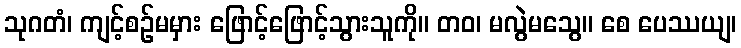
သုဂတံ၊ ကျင့်စဉ်မမှား ဖြောင့်ဖြောင့်သွားသူကို။ တဝ၊ မလွဲမသွေ။ စေ ပေဿယျ၊